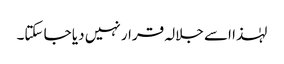
لہٰذا اسے جلالہ قرار نہیں دیا جا سکتا۔